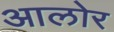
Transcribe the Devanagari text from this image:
आलोर